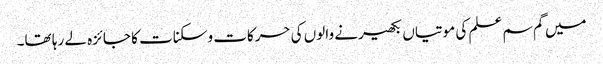
میں گم سم علم کی موتیاں بکھیرنے والوں کی حرکات وسکنات کا جائزہ لے رہا تھا۔